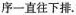
序一直往下排。